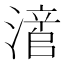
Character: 𬉃